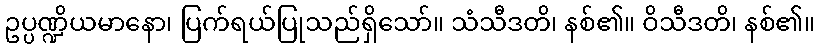
ဥပ္ပဏ္ဍိယမာနော၊ ပြက်ရယ်ပြုသည်ရှိသော်။ သံသီဒတိ၊ နစ်၏။ ဝိသီဒတိ၊ နစ်၏။